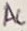
Text: AC